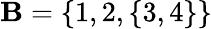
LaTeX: \mathbf{B}=\{ 1,2,\{ 3,4\} \}